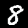
Label: 8